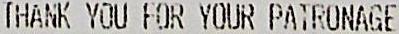
THANK YOU FOR YOUR PATRONAGE